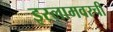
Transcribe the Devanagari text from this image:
इस्लामवरची